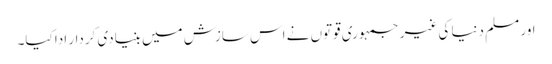
اور مسلم دنیا کی غیر جمہوری قوتوں نے اس سازش میں بنیادی کردار ادا کیا۔